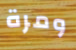
ومرة